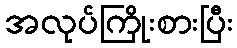
အလုပ်ကြိုးစားပြီး